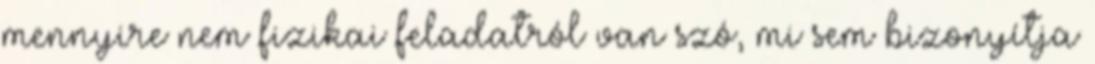
mennyire nem fizikai feladatról van szó, mi sem bizonyítja